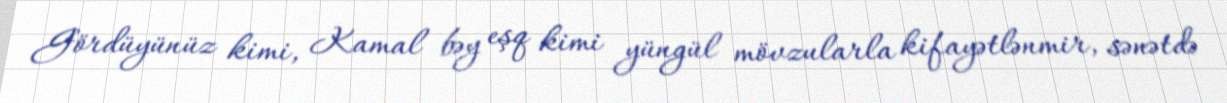
Gördüyünüz kimi, Kamal bəy eşq kimi yüngül mövzularla kifayətlənmir, sənətdə